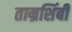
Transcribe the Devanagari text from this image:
ताम्रशिंबी